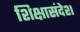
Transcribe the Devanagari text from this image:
शिक्षासंदेश